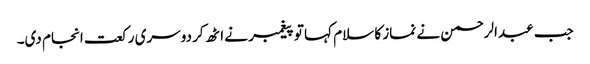
جب عبدالرحمن نے نماز کا سلام کہا تو پیغمبر نے اٹھ کر دوسری رکعت انجام دی۔